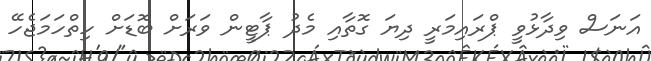
އަނަސް ވިދާޅުވީ ޕްރައިމަރީ ދިޔަ ގޮތާއި މެދު ޕާޓީން ވަރަށް ބޮޑަށް ހިތްހަމަޖެހޭ